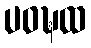
ပဝဍ္ဎထ